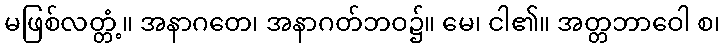
မဖြစ်လတ္တံ့။ အနာဂတေ၊ အနာဂတ်ဘဝ၌။ မေ၊ ငါ၏။ အတ္တဘာဝေါ စ၊